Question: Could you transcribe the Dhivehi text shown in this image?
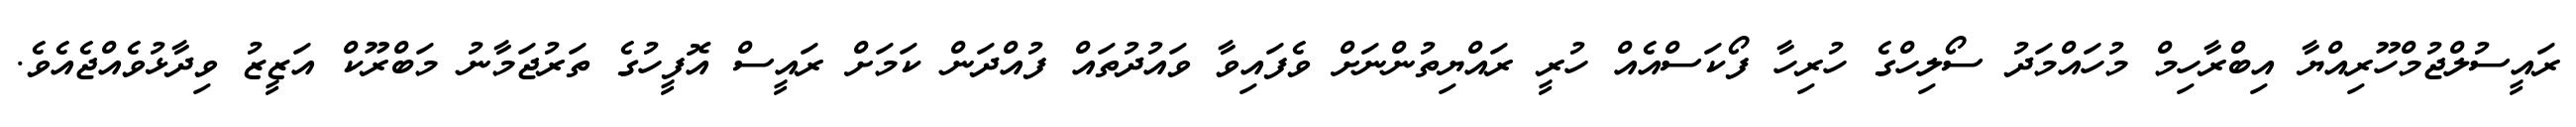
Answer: ރައީސުލްޖުމްހޫރިއްޔާ އިބްރާހިމް މުހައްމަދު ސޯލިހްގެ ހުރިހާ ފޯކަސްއެއް ހުރީ ރައްޔިތުންނަށް ވެފައިވާ ވައުދުތައް ފުއްދަން ކަމަށް ރައީސް އޮފީހުގެ ތަރުޖަމާނު މަބްރޫކް އަޒީޒު ވިދާޅުވެއްޖެއެވެ.